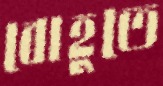
বোহুতে